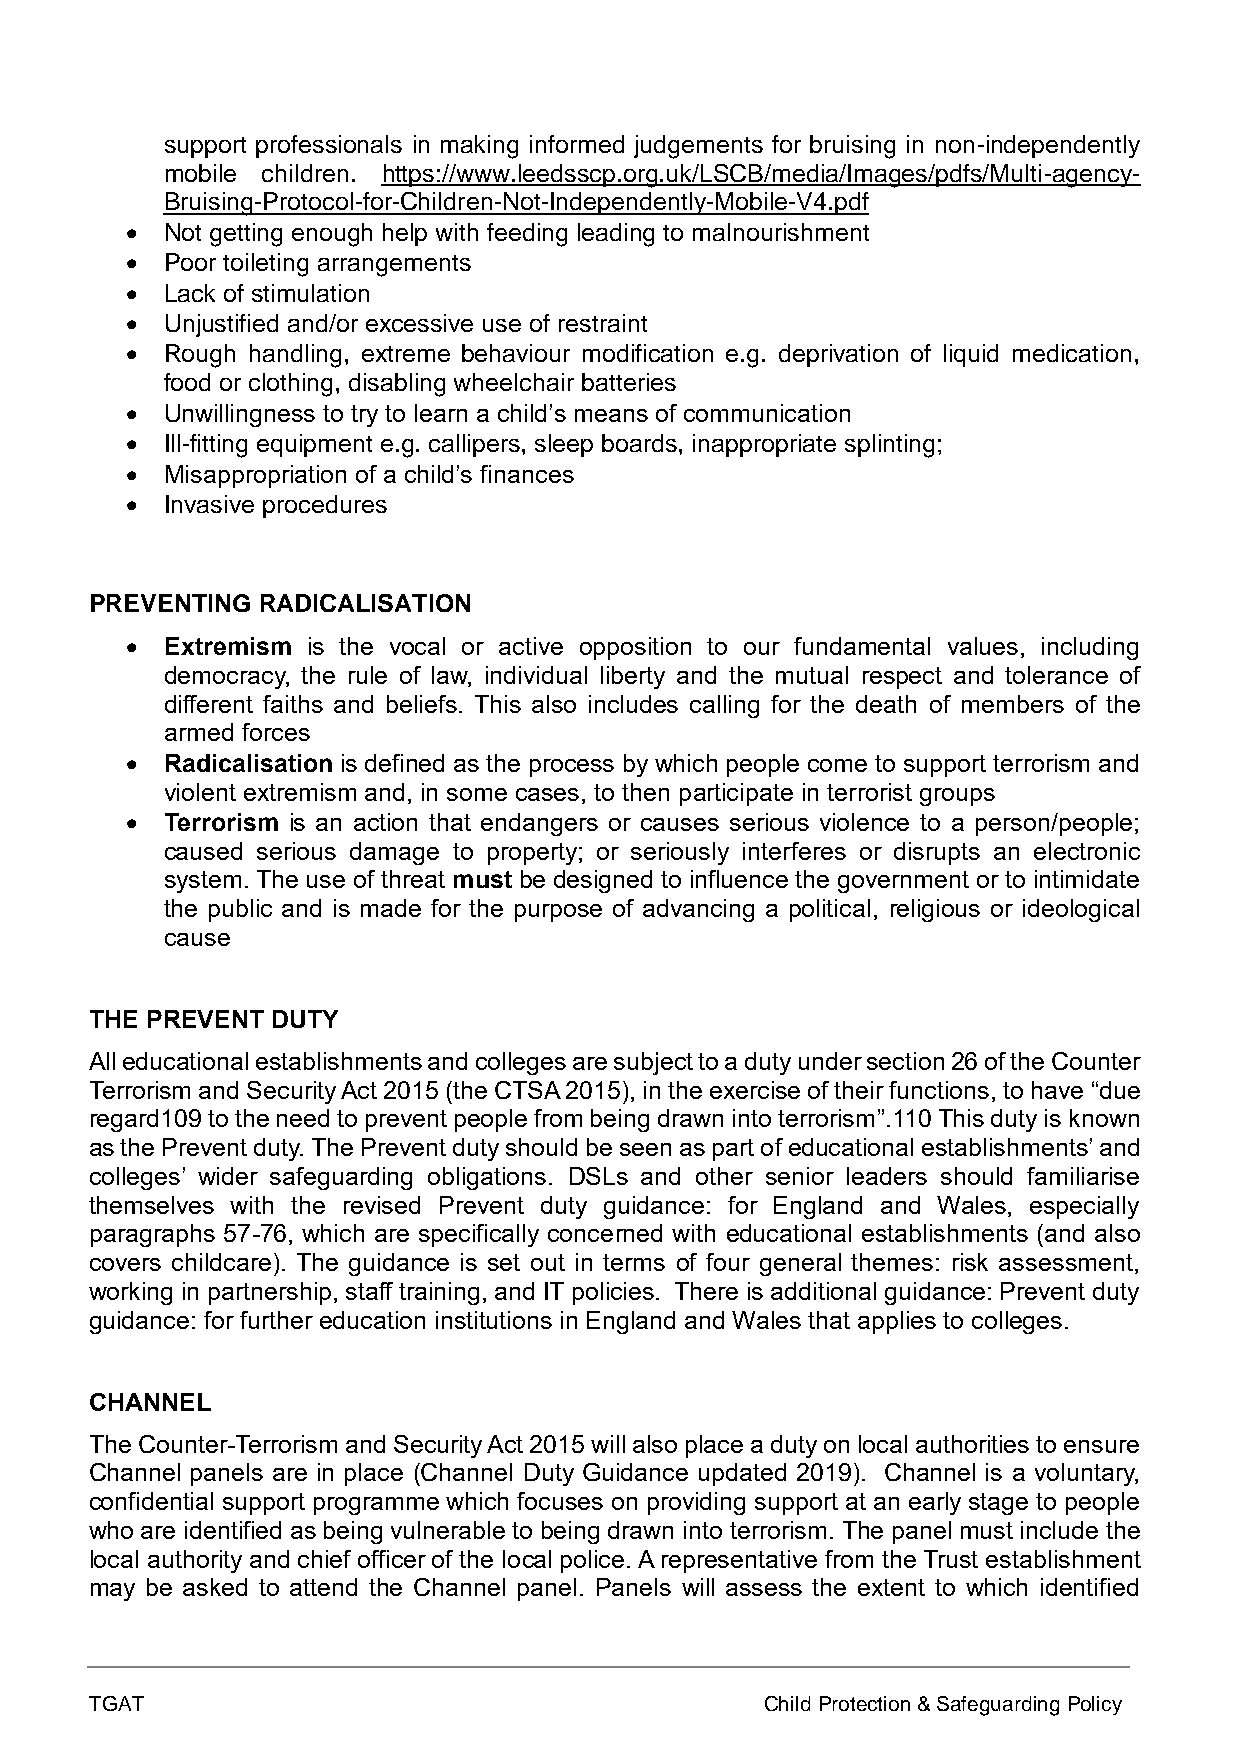
support professionals in making informed judgements for bruising in non-independently
 mobile children. https://www.leedsscp.org.uk/LSCB/media/Images/pdfs/Multi-agency-
 Bruising-Protocol-for-Children-Not-Independently-Mobile-V4.pdf
 •  Not getting enough help with feeding leading to malnourishment
 •  Poor toileting arrangements
 •  Lack of stimulation
 •  Unjustified and/or excessive use of restraint
 •  Rough handling, extreme behaviour modification e.g. deprivation of liquid medication,
 food or clothing, disabling wheelchair batteries
 •  Unwillingness to try to learn a child’s means of communication
 •  Ill-fitting equipment e.g. callipers, sleep boards, inappropriate splinting;
 •  Misappropriation of a child’s finances
 •  Invasive procedures
 PREVENTING RADICALISATION
 •  Extremism is the vocal or active opposition to our fundamental values, including
 democracy, the rule of law, individual liberty and the mutual respect and tolerance of
 different faiths and beliefs. This also includes calling for the death of members of the
 armed forces
 •  Radicalisation is defined as the process by which people come to support terrorism and
 violent extremism and, in some cases, to then participate in terrorist groups
 •  Terrorism is an action that endangers or causes serious violence to a person/people;
 caused serious damage to property; or seriously interferes or disrupts an electronic
 system. The use of threat must be designed to influence the government or to intimidate
 the public and is made for the purpose of advancing a political, religious or ideological
 cause
 THE PREVENT DUTY
 All educational establishments and colleges are subject to a duty under section 26 of the Counter
 Terrorism and Security Act 2015 (the CTSA 2015), in the exercise of their functions, to have “due
 regard109 to the need to prevent people from being drawn into terrorism”.110 This duty is known
 as the Prevent duty. The Prevent duty should be seen as part of educational establishments’ and
 colleges’ wider safeguarding obligations. DSLs and other senior leaders should familiarise
 themselves with the revised Prevent duty guidance: for England and Wales, especially
 paragraphs 57-76, which are specifically concerned with educational establishments (and also
 covers childcare). The guidance is set out in terms of four general themes: risk assessment,
 working in partnership, staff training, and IT policies. There is additional guidance: Prevent duty
 guidance: for further education institutions in England and Wales that applies to colleges.
 CHANNEL
 The Counter-Terrorism and Security Act 2015 will also place a duty on local authorities to ensure
 Channel panels are in place (Channel Duty Guidance updated 2019). Channel is a voluntary,
 confidential support programme which focuses on providing support at an early stage to people
 who are identified as being vulnerable to being drawn into terrorism. The panel must include the
 local authority and chief officer of the local police. A representative from the Trust establishment
 may be asked to attend the Channel panel. Panels will assess the extent to which identified
 TGAT                                         Child Protection & Safeguarding Policy